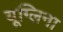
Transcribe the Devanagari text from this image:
यूग्लिना